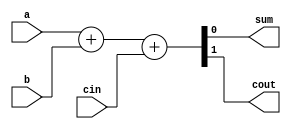
module binary_adder_1 (a,b,cin,sum,cout);
input a,b,cin;
output sum,cout;

assign {cout,sum} = a + b + cin;

endmodule